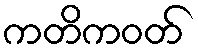
ကတိကဝတ်